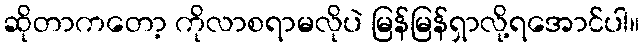
ဆိုတာကတော့ ကိုလာစရာမလိုပဲ မြန်မြန်ရှာလို့ရအောင်ပါ။